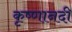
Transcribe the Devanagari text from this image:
कृष्णानदी